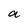
Character: a